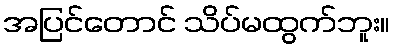
အပြင်တောင် သိပ်မထွက်ဘူး။